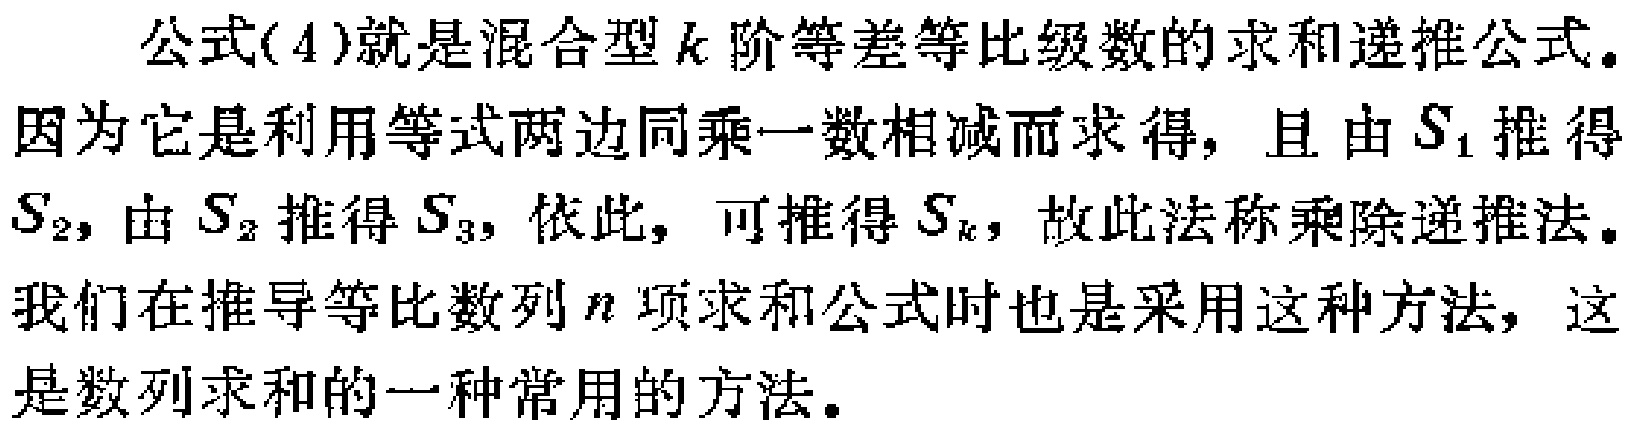
公式(4)就是混合型\(k\)阶等差等比级数的求和递推公式。因为它是利用等式两边同乘一数相减而求得，且由\(S_1\)推得\(S_2\)，由\(S_2\)推得\(S_3\)，依此，可推得\(S_k\)，故此法称乘除递推法。我们在推导等比数列\(n\)项求和公式时也是采用这种方法，这是数列求和的一种常用的方法。